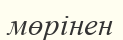
мөрінен